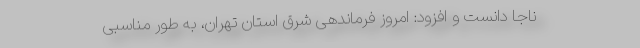
ناجا دانست و افزود: امروز فرماندهی شرق استان تهران، به طور مناسبی